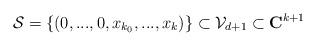
LaTeX: \begin{align*}{\cal S}=\left\{ \left( 0,...,0,x_{k_{0}},...,x_{k}\right) \right\} \subset{\cal V}_{d+1}\subset {\bf C}^{k+1} \end{align*}